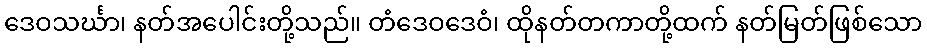
ဒေဝသင်္ဃာ၊ နတ်အပေါင်းတို့သည်။ တံဒေဝဒေဝံ၊ ထိုနတ်တကာတို့ထက် နတ်မြတ်ဖြစ်သော